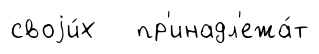
своjи́х пр'инадл'ежа́т